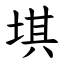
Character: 㙋